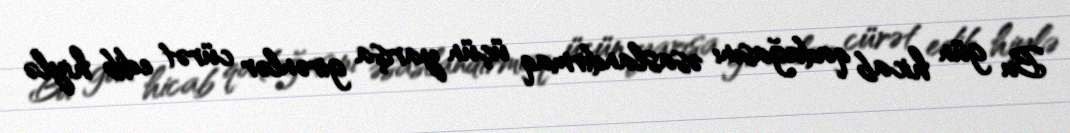
Bu gün hicab qadağasını əsaslandırmaq üçün yarışa girənlər cürət edib hiylə